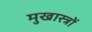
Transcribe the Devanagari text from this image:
मुखास्त्रों